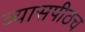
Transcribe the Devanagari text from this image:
व्यासपीठच